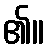
၏။